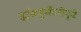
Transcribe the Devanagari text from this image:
डॉक्युमेंटरीपुढे